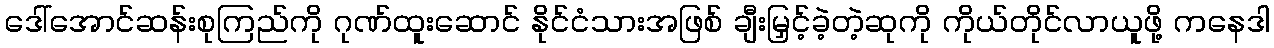
ဒေါ်အောင်ဆန်းစုကြည်ကို ဂုဏ်ထူးဆောင် နိုင်ငံသားအဖြစ် ချီးမြှင့်ခဲ့တဲ့ဆုကို ကိုယ်တိုင်လာယူဖို့ ကနေဒါ